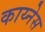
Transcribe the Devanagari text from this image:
काय्नेस